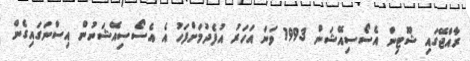
ރާއްޖޭގައި ޝޫޓިން އެސޯސިއޭޝަން 1993 ވަނަ އަހަރު އުފެދުމަށްފަހު އެ އެސޯސިއޭޝަނުން އިސްނަގައިގެން